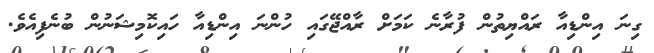
ގިނަ އިންޑިއާ ރައްޔިތުން ފުރާނެ ކަމަށް ރާއްޖޭގައި ހުންނަ އިންޑިއާ ހައިކޮމިޝަނުން ބުނެފިއެވެ.